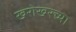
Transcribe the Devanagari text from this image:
खरोखरच्या